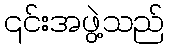
၎င်းအဖွဲ့သည်